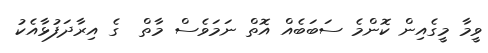
ވީމާ މީގެއިން ކޮންމެ ސަބަބެއް އޮތް ނަމަވެސް މާތް  ގެ އިރާދަފުޅާއެކު